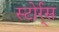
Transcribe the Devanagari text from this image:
स्टोर्र्स